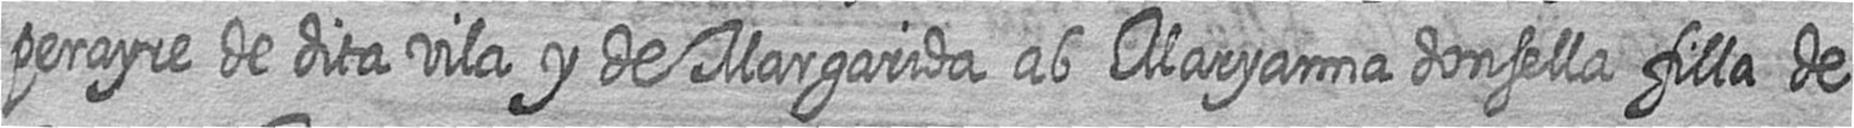
perayre de dita vila y de Margarida ab Maryanna donsella filla de